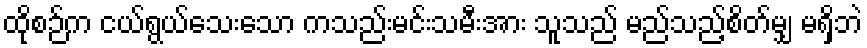
ထိုစဉ်က ငယ်ရွယ်သေးသော ကသည်းမင်းသမီးအား သူသည် မည်သည့်စိတ်မျှ မရှိဘဲ